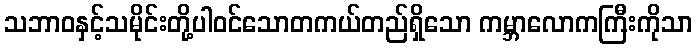
သဘာဝနှင့်သမိုင်းတို့ပါဝင်သောတကယ်တည်ရှိသော ကမ္ဘာလောကကြီးကိုသာ